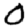
Digit: 0